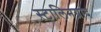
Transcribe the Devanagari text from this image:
स्टालिनग्राद